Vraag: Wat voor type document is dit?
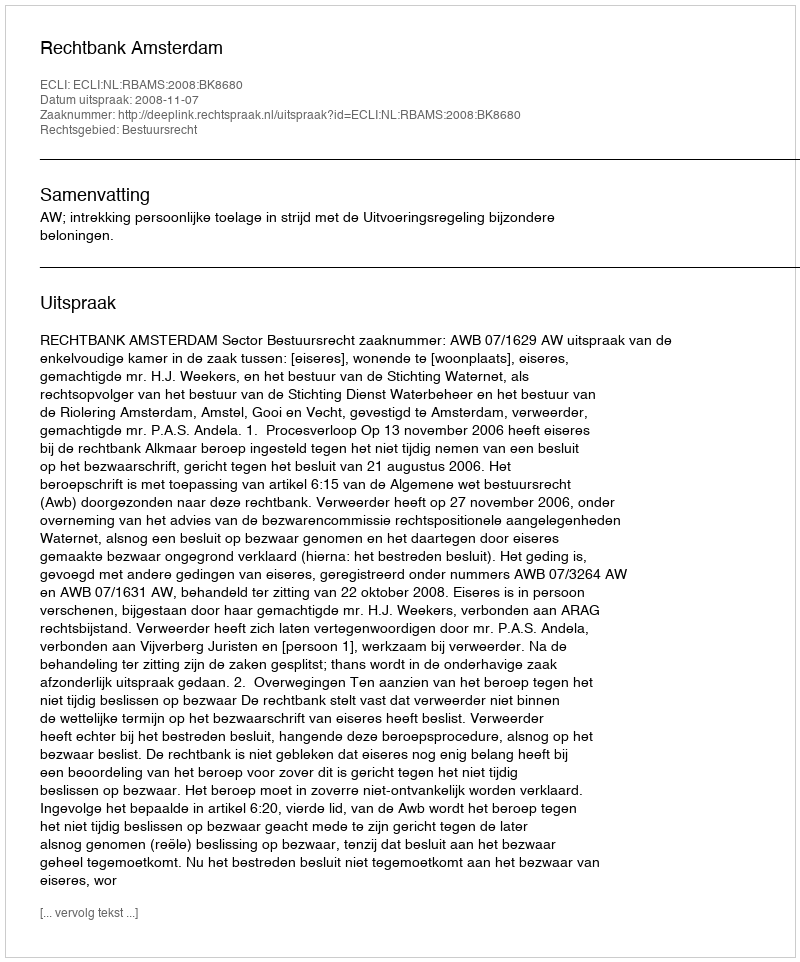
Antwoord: Uitspraak